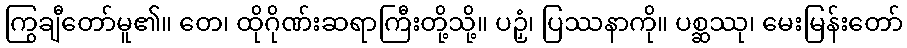
ကြွချီတော်မူ၏။ တေ၊ ထိုဂိုဏ်းဆရာကြီးတို့သို့။ ပဉှံ၊ ပြဿနာကို။ ပစ္ဆဿု၊ မေးမြန်းတော်